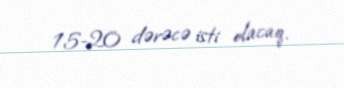
15-20 dərəcə isti olacaq.